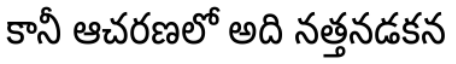
కానీ ఆచరణలో అది నత్తనడకన